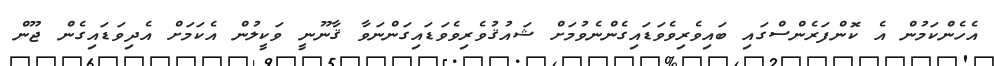
އެހެންކަމުން އެ ކޮންފަރެންސްގައި ބައިވެރިވެވަޑައިގެންނެވުމަށް ޝައުޤުވެރިވެވަޑައިގަންނަވާ ޤާނޫނީ ވަކީލުން އެކަމަށް އެދިވަޑައިގެން ޖޫން